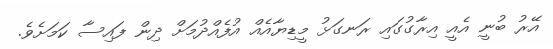
އޭރު ބުނީ އެއީ އިރާގުގައި ރަނގަޅު މީޑިޔާއެއް އުފެއްދުމަށް ދިން ފައިސާ ކަމަށެވެ.